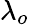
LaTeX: \lambda_{o}